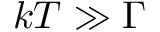
k T \gg \Gamma